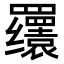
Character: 𬙫